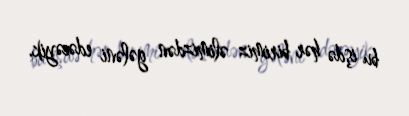
bu işdə hər birimiz əlimizdən gələni edəcəyik.